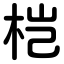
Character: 桤